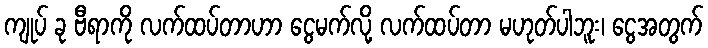
ကျုပ် ခု ဗီရာကို လက်ထပ်တာဟာ ငွေမက်လို့ လက်ထပ်တာ မဟုတ်ပါဘူး၊ ငွေအတွက်